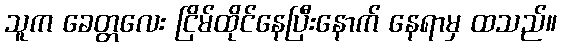
သူက ခေတ္တလေး ငြိမ်ထိုင်နေပြီးနောက် နေရာမှ ထသည်။